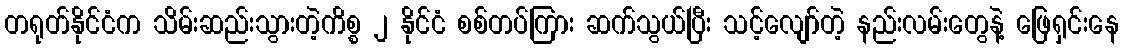
တရုတ်နိုင်ငံက သိမ်းဆည်းသွားတဲ့ကိစ္စ ၂ နိုင်ငံ စစ်တပ်ကြား ဆက်သွယ်ပြီး သင့်လျော်တဲ့ နည်းလမ်းတွေနဲ့ ဖြေရှင်းနေ